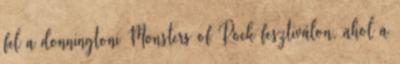
fel a donningtoni Monsters of Rock fesztiválon, ahol a